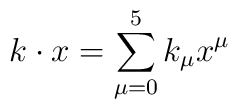
k\cdot x=\sum _{\mu =0}^{5}k_{\mu }x^{\mu }